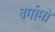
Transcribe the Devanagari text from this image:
बर्गामो